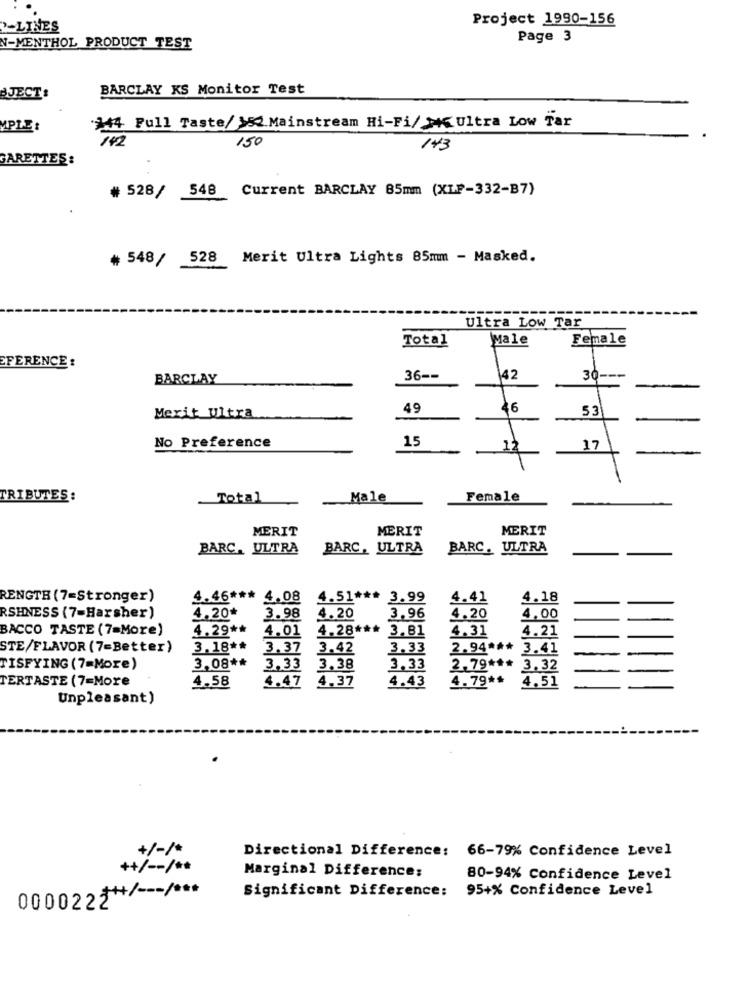
Project 1990-156
-LINES
Page 3
N-MENTHOL PRODUCT TEST
BARCLAY KS Monitor Test
BJECT
MPLE:
444 Full Taste/ 182 Mainstream Hi-Fi/ MCUltra Low Tar
142
150
143
GARETTES:
# 528/ 548 Current BARCLAY 85mm (XLP-332-B7)
# 548/ 528 Merit Ultra Lights 85mm - Masked.
Ultra Low Tar
Total
Male
Female
EFERENCE :
BARCLAY
36 --
42
30
49
46
53
Merit Ultra
15
No Preference
12
17
TRIBUTES:
Total
Male
Female
MERIT
MERIT
MERIT
BARC. ULTRA
BARC, ULTRA
BARC. ULTRA
RENGTR (7=Stronger)
4.46 *** 4.08 4.51 *** 3.99
4.41
4.18
RSHNESS (7=Harsher)
4.20*
3.98
4.20
3.96
4.20
4,00
BACCO TASTE (7=More)
4.29 **
4.01
4.28 *** 3.81
4.31
4.21
STE/FLAVOR (7=Better)
3.18 **
3.37
3.42
3.33
2.94 *** 3.41
TISFYING (7=More)
3.08 **
3.33
3,38
3,33
2.79 *** 3.32
4.47
4.37
4.79 **
4.51
TERTASTE (7=More
4.58
4.43
Unpleasant)
+/-/+
Directional Difference: 66-79% Confidence Level
+/ -- / **
Marginal Difference:
80-94% Confidence Level
0000223+/ --- / ***
Significant Difference: 95+% Confidence Level